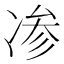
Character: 𰄁